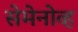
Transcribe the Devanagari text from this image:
सेमेनोव्ह